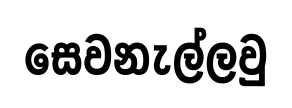
සෙවනැල්ලවු